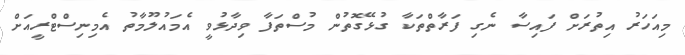
މިއަހަރު އިތުރަށް ފައިސާ ނެގި ފަރާތްތަކާ ގުޅޭގޮތުން މުސްތަފާ ވިދާޅުވީ އެމައުލޫމާތު އެމިނިސްޓްރީއަށް